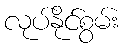
လုပ်နိုင်စွမ်း